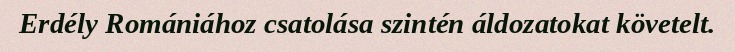
Erdély Romániához csatolása szintén áldozatokat követelt.